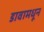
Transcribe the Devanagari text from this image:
डावामधून